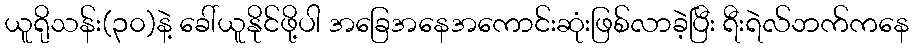
ယူရိုသန်း(၃၀)နဲ့ ခေါ်ယူနိုင်ဖို့ပါ အခြေအနေအကောင်းဆုံးဖြစ်လာခဲ့ပြီး ရီးရဲလ်ဘက်ကနေ